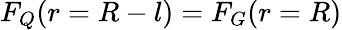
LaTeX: F_{Q}(r=R-l)=F_{G}(r=R)